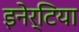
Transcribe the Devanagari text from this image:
इनेर्टिया